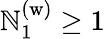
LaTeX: \mathbb{N}_{1}^{(\mathrm{{w)}}}\geq1